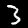
Label: 3